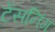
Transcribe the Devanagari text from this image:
टेंसनिंग